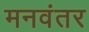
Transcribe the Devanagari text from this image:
मनवंतर